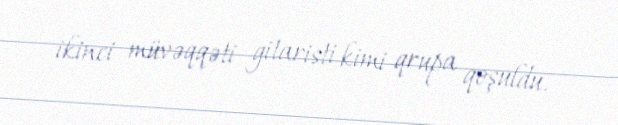
ikinci müvəqqəti gitaristi kimi qrupa qoşuldu.